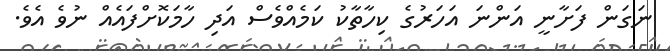
ނަގަން ފަށާނީ އަންނަ އަހަރުގެ ކިހާތާކު ކަމެއްވެސް އަދި ހާމަކޮށްފައެއް ނުވެ އެވެ.